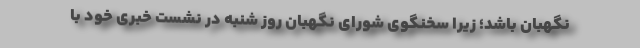
نگهبان باشد؛ زیرا سخنگوی شورای نگهبان روز شنبه در نشست خبری خود با